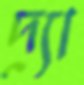
দ্যা